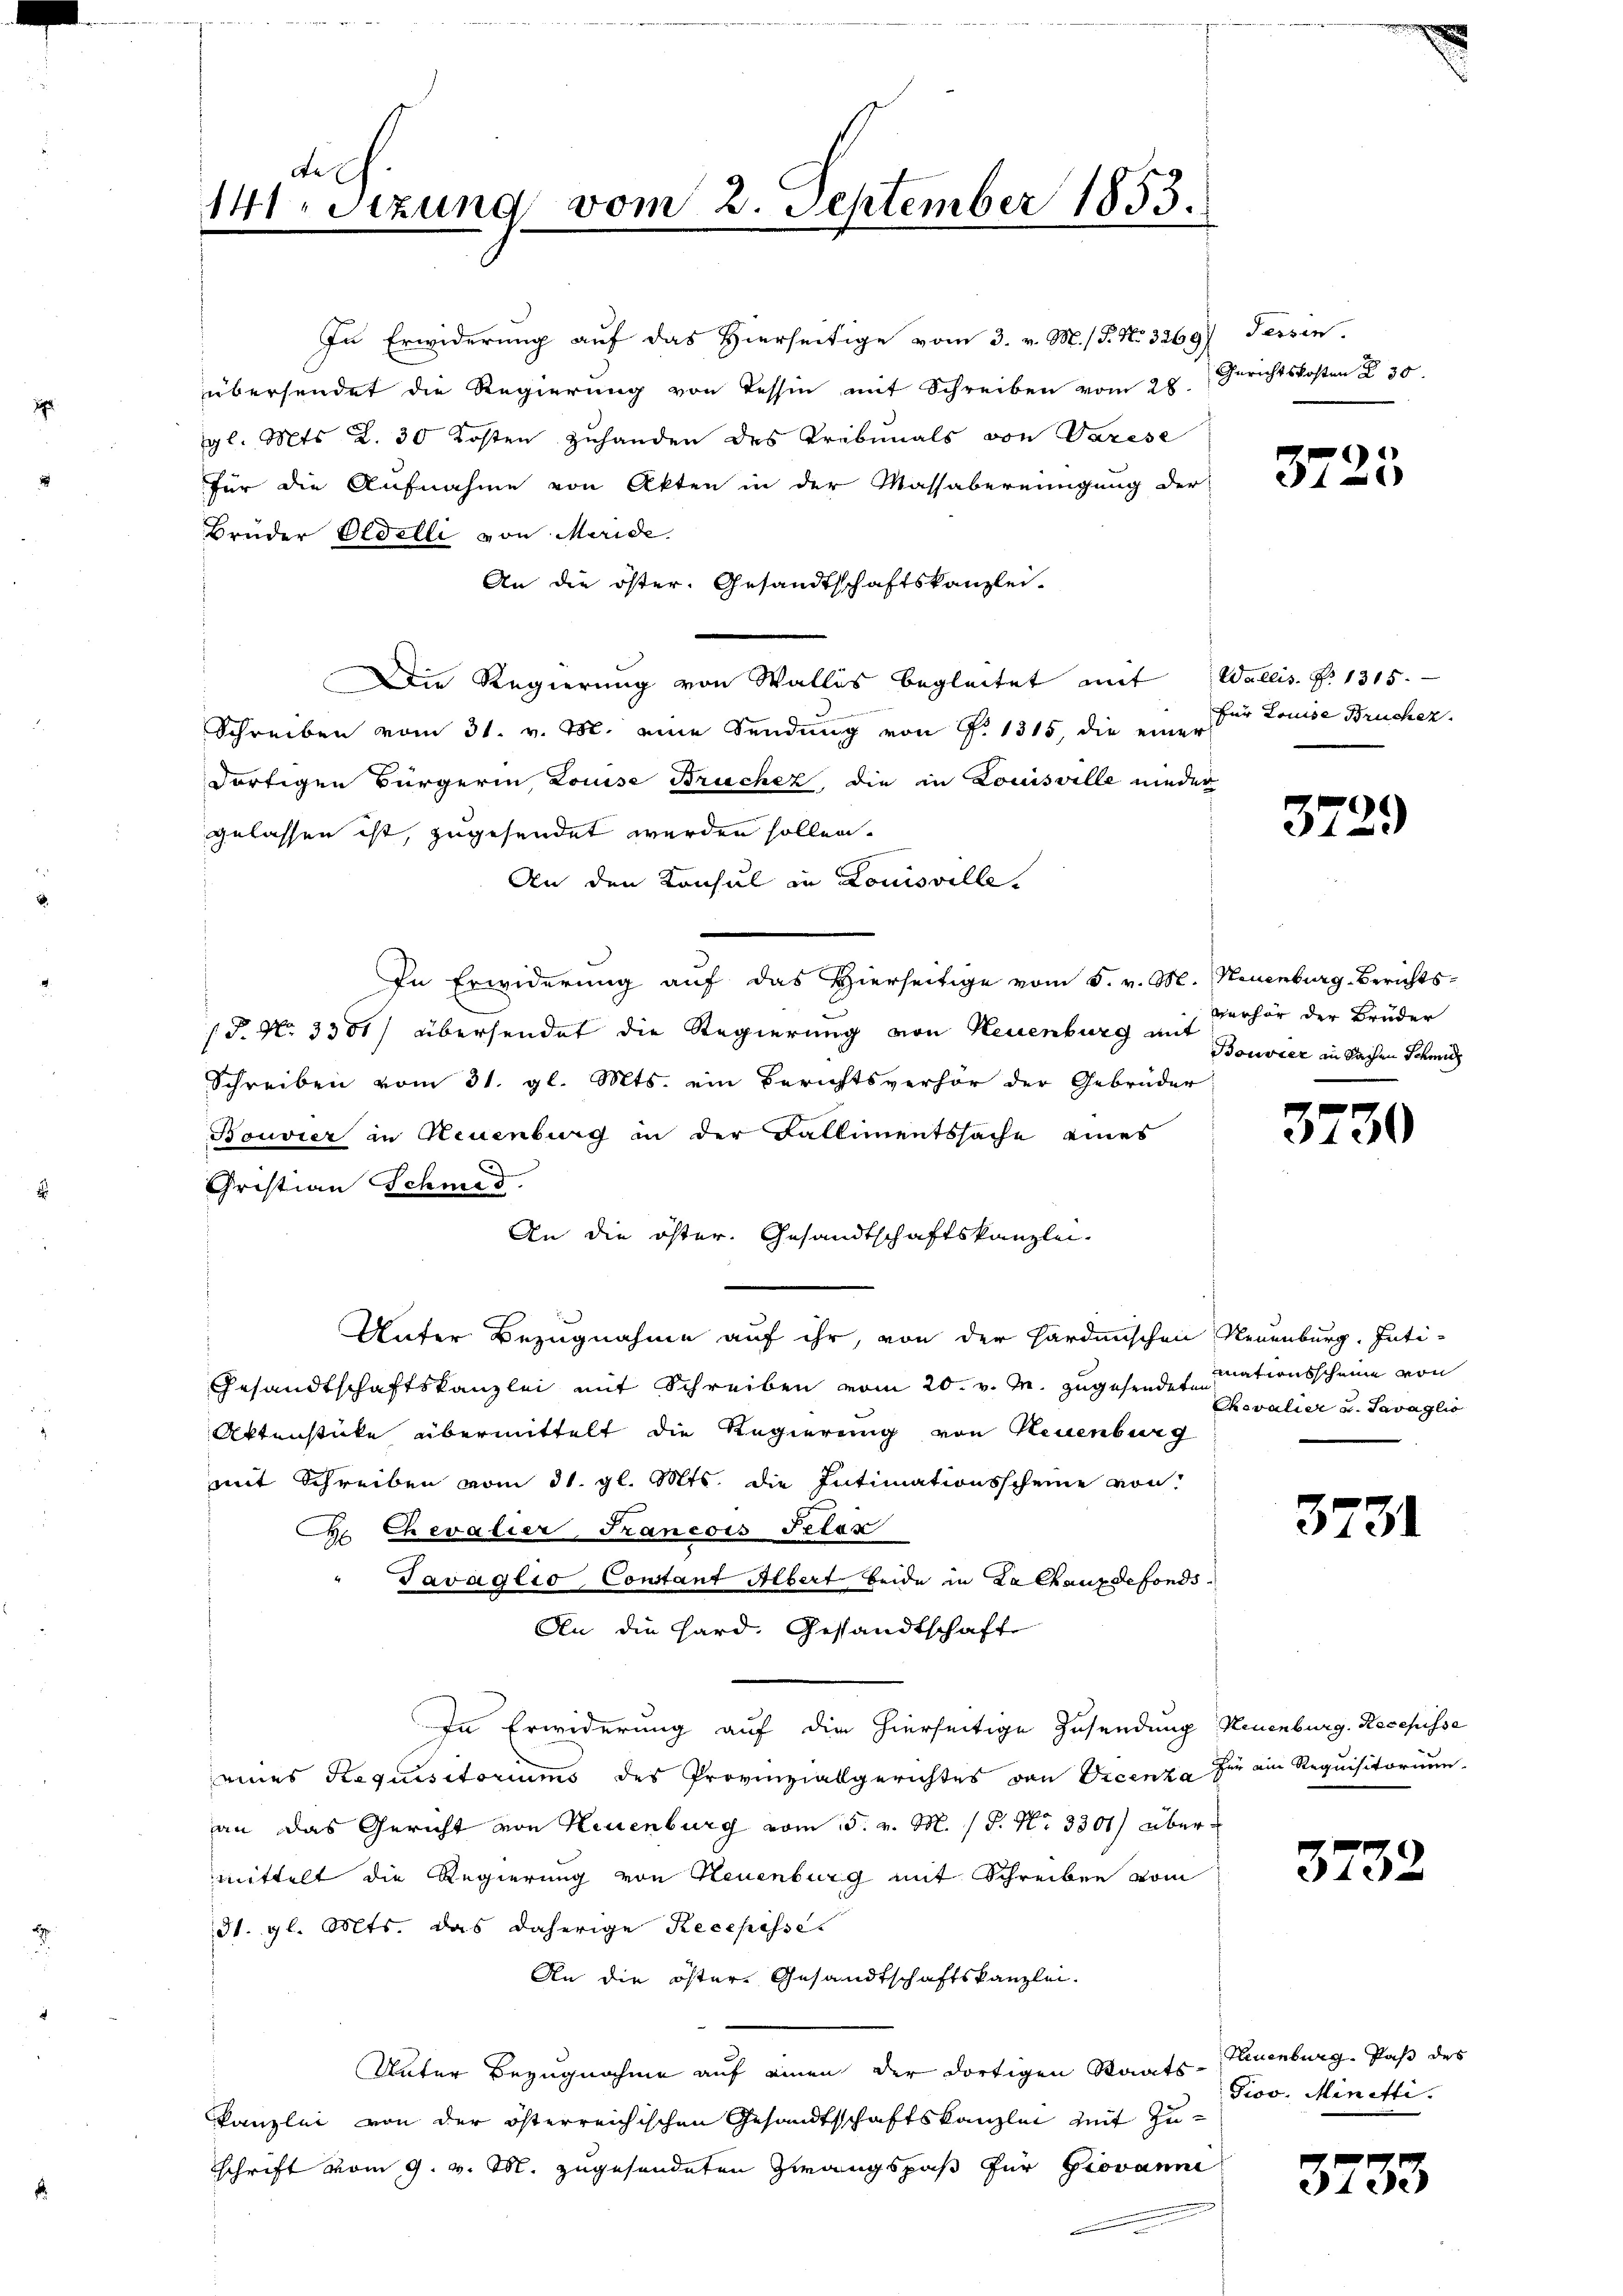
duch
141. Sitzung vom 23. September 1855.

In Erwiderung auf das Hierseitige vom 3. v. M. / P. No. 3269) Tessen.
übersendet die Regierung von Tessin mit Schreiben vom 28.
gl. Mts. Z. 30 Kosten zuhanden des Tribunals von Varese
für die Aufnahme von Akten in der Massabereinigung der
Brüder Erdelli von Meride
An die öster. Gesandtschaftskanzlei-
Die Regierung von Wallis begleitet mit Wallis. P. 1315.
5
Schreiben vom 31. v. M. eine Sendung von P. 1315, die einer
Fortigen Bürgerin, Louise Bruchez die in Louisville nieder
gelassen ist, zugesendet werden sollen.
An den Konsul in Louisville.
In Erwiderung auf das Hierseitige vom 5. v. M. Neuenburg-Berichts-
/S. Nr. 3301) übersendet die Regierung von Neuenburg mit
Schreiben vom 31. gl. Mts. ein Berichtsverhör der Gebrüder
Bouvier in Neuenburg in der Fallimentssache eines
Christian Schmid.
An die öster. Gesandtschaftskanzlei-
Unter Bezugnahme auf ihr, von der Hardmnischen Neuenburg. Inti-
Gesandtschaftskanzlei mit Schreiben vom 20. v. M. zugehendet sationsscheine von
Aktenstücke übermittelt die Regierung von Neuenburg
mit Schreiben vom 31. gl. Mts. die Intimationsscheine von
C. Chevalier Francois Peter
Tavaglio Constant Albert beide in Zalhauxdefonds.
An die Hard. Gestandtschaft
In Erwiderung auf die hierseitige Zusendung Neuenburg. Recepisse
eines Requisitoriums des Provinzialgerichtes von Vicenza
an das Gericht von Neuenburg vom 5. v. M. / P. Nr. 3301) übermittelt die Regierung von Neuenburg mit Schreiben vom
d. gl. Mts. das daherige Recepisse
An die öster. Gesandtschaftskanzlei.
Unter Bezugnahme auf einen der dortigen Staats-Neuenburg. Paß des
kanzlei von der österreichischen Gesandtschaftskanzlei zeit zuschrift vom 9. v. M. zugesendeten Zwangspaß für Giovanne

Gerichtskosten § 30.

3723

für Kreise Brucher.

3729

verhör der Brüder
Bouvier in Sachen Schmid

3730

Chevalier u. Savaglio

3731

für ein Requisitorium

3732

Piov, Minetti.

3733